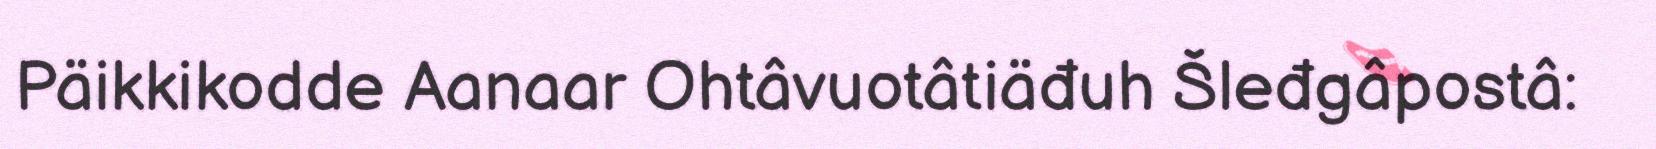
Päikkikodde Aanaar Ohtâvuotâtiäđuh Šleđgâpostâ: